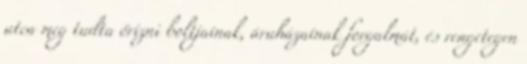
utca meg tudta őrizni boltjainak, áruházainak forgalmát, és rengetegen